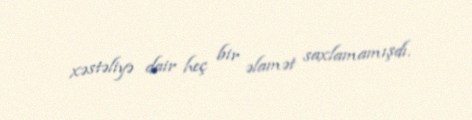
xəstəliyə dair heç bir əlamət saxlamamışdı.